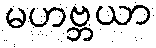
မဟဗ္ဘယာ